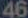
46